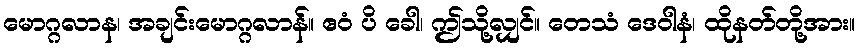
မောဂ္ဂလာန၊ အချင်းမောဂ္ဂလာန်။ ဧဝံ ပိ ခေါ၊ ဤသို့လျှင်။ တေသံ ဒေဝါနံ၊ ထိုနတ်တို့အား။